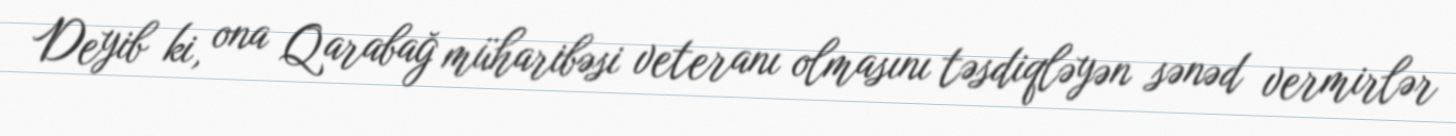
Deyib ki, ona Qarabağ müharibəsi veteranı olmasını təsdiqləyən sənəd vermirlər